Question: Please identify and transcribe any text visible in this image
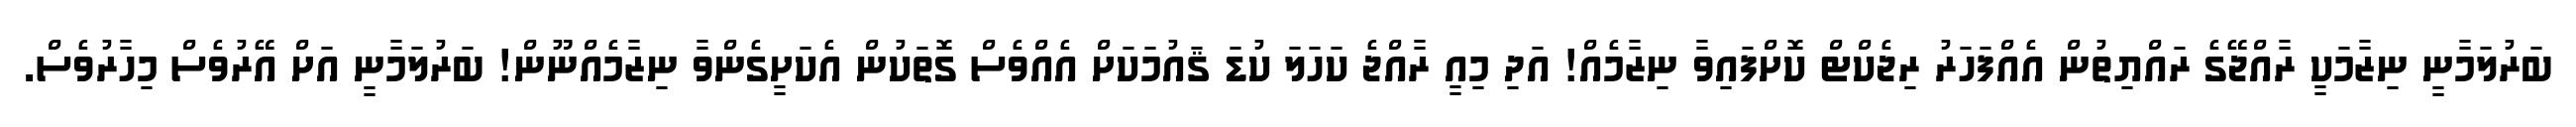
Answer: ބަރުލަމާނީ ނިޒާމަކީ ރާއްޖޭގެ ރައްޔިތުން އެއްފަހަރު ރިޖެކްޓް ކޮށްފައިވާ ނިޒާމެއް! އަދި މިއީ ރާއްޖެ ކަހަލަ ކުޑަ ޤައުމަކަށް އެއްވެސް ގޮތަކުން އެކަށީގެންވާ ނިޒާމެއްނޫން! ބަރުލަމާނީ އަށް އޭރުވެސް މިހާރުވެސް.